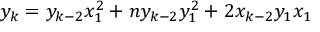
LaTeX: y _ { k } = y _ { k - 2 } x _ { 1 } ^ { 2 } + n y _ { k - 2 } y _ { 1 } ^ { 2 } + 2 x _ { k - 2 } y _ { 1 } x _ { 1 }